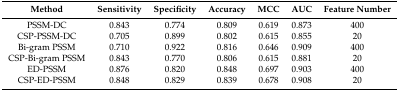
<table><thead><tr><td><b>Method</b></td><td><b>Sensitivity</b></td><td><b>Specificity</b></td><td><b>Accuracy</b></td><td><b>MCC</b></td><td><b>AUC</b></td><td><b>Feature Number</b></td></tr></thead><tbody><tr><td>PSSM-DC</td><td>0.843</td><td>0.774</td><td>0.809</td><td>0.619</td><td>0.873</td><td>400</td></tr><tr><td>CSP-PSSM-DC</td><td>0.705</td><td>0.899</td><td>0.802</td><td>0.615</td><td>0.855</td><td>20</td></tr><tr><td>Bi-gram PSSM</td><td>0.710</td><td>0.922</td><td>0.816</td><td>0.646</td><td>0.909</td><td>400</td></tr><tr><td>CSP-Bi-gram PSSM</td><td>0.843</td><td>0.770</td><td>0.806</td><td>0.615</td><td>0.881</td><td>20</td></tr><tr><td>ED-PSSM</td><td>0.876</td><td>0.820</td><td>0.848</td><td>0.697</td><td>0.903</td><td>400</td></tr><tr><td>CSP-ED-PSSM</td><td>0.848</td><td>0.829</td><td>0.839</td><td>0.678</td><td>0.908</td><td>20</td></tr></tbody></table>